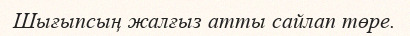
Шығыпсың жалғыз атты сайлап төре.